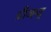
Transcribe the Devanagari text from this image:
ग्रीव्ह्ज्